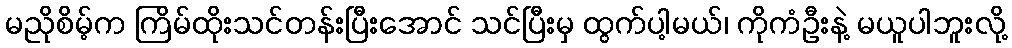
မညိုစိမ့်က ကြိမ်ထိုးသင်တန်းပြီးအောင် သင်ပြီးမှ ထွက်ပါ့မယ်၊ ကိုကံဦးနဲ့ မယူပါဘူးလို့